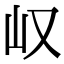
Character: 𫵴